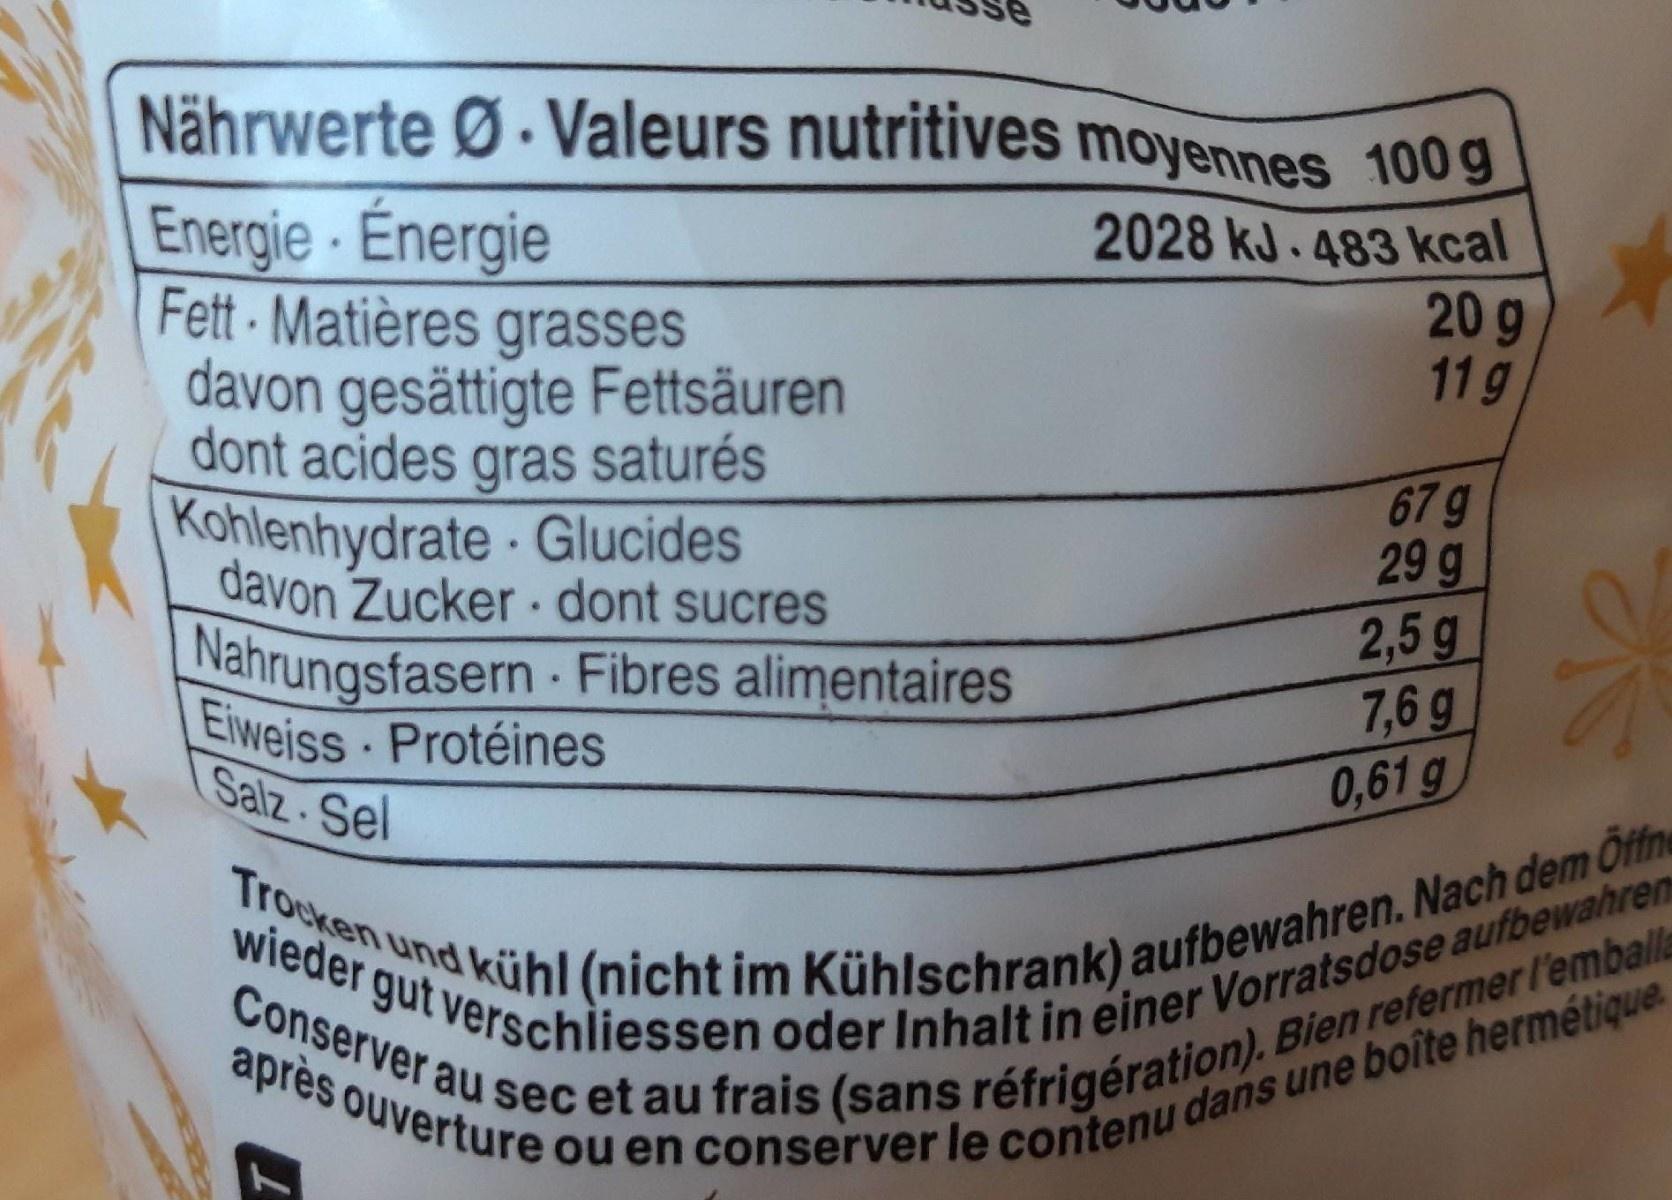
Nährwerte Ø. Valeurs nutritives moyennes 100g
Energie · Énergie Fett Matières grasses davon gesättigte Fettsäuren dont acides gras saturés Kohlenhydrate Glucides davon Zucker .dont sucres Nahrungsfasern - Fibres alimentaires Eiweiss Protéines Salz Sel
2028 kJ.483 kcal 20 9 11g
67 g 29 g 2,5 g 7,6g
Trocken und kühl (nicht im Kühlschrank) aufbewahren. Nach dem Öffne wieder gut verschliessen oder Inhalt in einer Vorratsdose aufbewahre Conserver au sec et au frais (sans réfrigération). Bien refermer l'emball après ouverture ou en conserver le contenu dans une boîte hermétique.